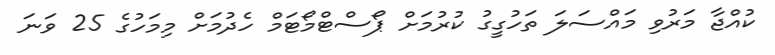
ކުއްޖާ މަރުވި މައްސަލަ ތަހުގީގު ކުރުމަށް ޕޯސްޓްމޯޓަމް ހެދުމަށް މިމަހުގެ 25 ވަނަ